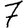
Digit: 7